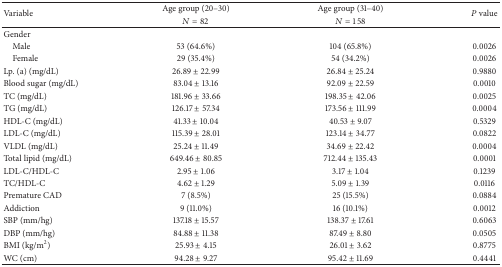
| <ROWSPAN=2> Variable | Age group (20–30) | Age group (31–40) | <ROWSPAN=2> P value |
 | N = 82 | N = 158 |
 | --- | --- | --- | --- |
 | Gender |  |  |  |
 | Male | 53 (64.6%) | 104 (65.8%) | 0.0026 |
 | Female | 29 (35.4%) | 54 (34.2%) | 0.0026 |
 | Lp. (a) (mg/dL) | 26.89 ± 22.99 | 26.84 ± 25.24 | 0.9880 |
 | Blood sugar (mg/dL) | 83.04 ± 13.16 | 92.09 ± 22.59 | 0.0010 |
 | TC (mg/dL) | 181.96 ± 33.66 | 198.35 ± 42.06 | 0.0025 |
 | TG (mg/dL) | 126.17 ± 57.34 | 173.56 ± 111.99 | 0.0004 |
 | HDL-C (mg/dL) | 41.33 ± 10.04 | 40.53 ± 9.07 | 0.5329 |
 | LDL-C (mg/dL) | 115.39 ± 28.01 | 123.14 ± 34.77 | 0.0822 |
 | VLDL (mg/dL) | 25.24 ± 11.49 | 34.69 ± 22.42 | 0.0004 |
 | Total lipid (mg/dL) | 649.46 ± 80.85 | 712.44 ± 135.43 | 0.0001 |
 | LDL-C/HDL-C | 2.95 ± 1.06 | 3.17 ± 1.04 | 0.1239 |
 | TC/HDL-C | 4.62 ± 1.29 | 5.09 ± 1.39 | 0.0116 |
 | Premature CAD | 7 (8.5%) | 25 (15.5%) | 0.0884 |
 | Addiction | 9 (11.0%) | 16 (10.1%) | 0.0012 |
 | SBP (mm/hg) | 137.18 ± 15.57 | 138.37 ± 17.61 | 0.6063 |
 | DBP (mm/hg) | 84.88 ± 11.38 | 87.49 ± 8.80 | 0.0505 |
 | BMI (kg/m2) | 25.93 ± 4.15 | 26.01 ± 3.62 | 0.8775 |
 | WC (cm) | 94.28 ± 9.27 | 95.42 ± 11.69 | 0.4441 |